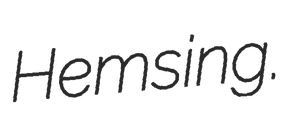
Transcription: Hemsing.